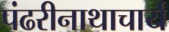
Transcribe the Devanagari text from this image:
पंढरीनाथाचार्य